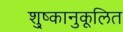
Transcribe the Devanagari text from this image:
शु्ष्कानुकूलित